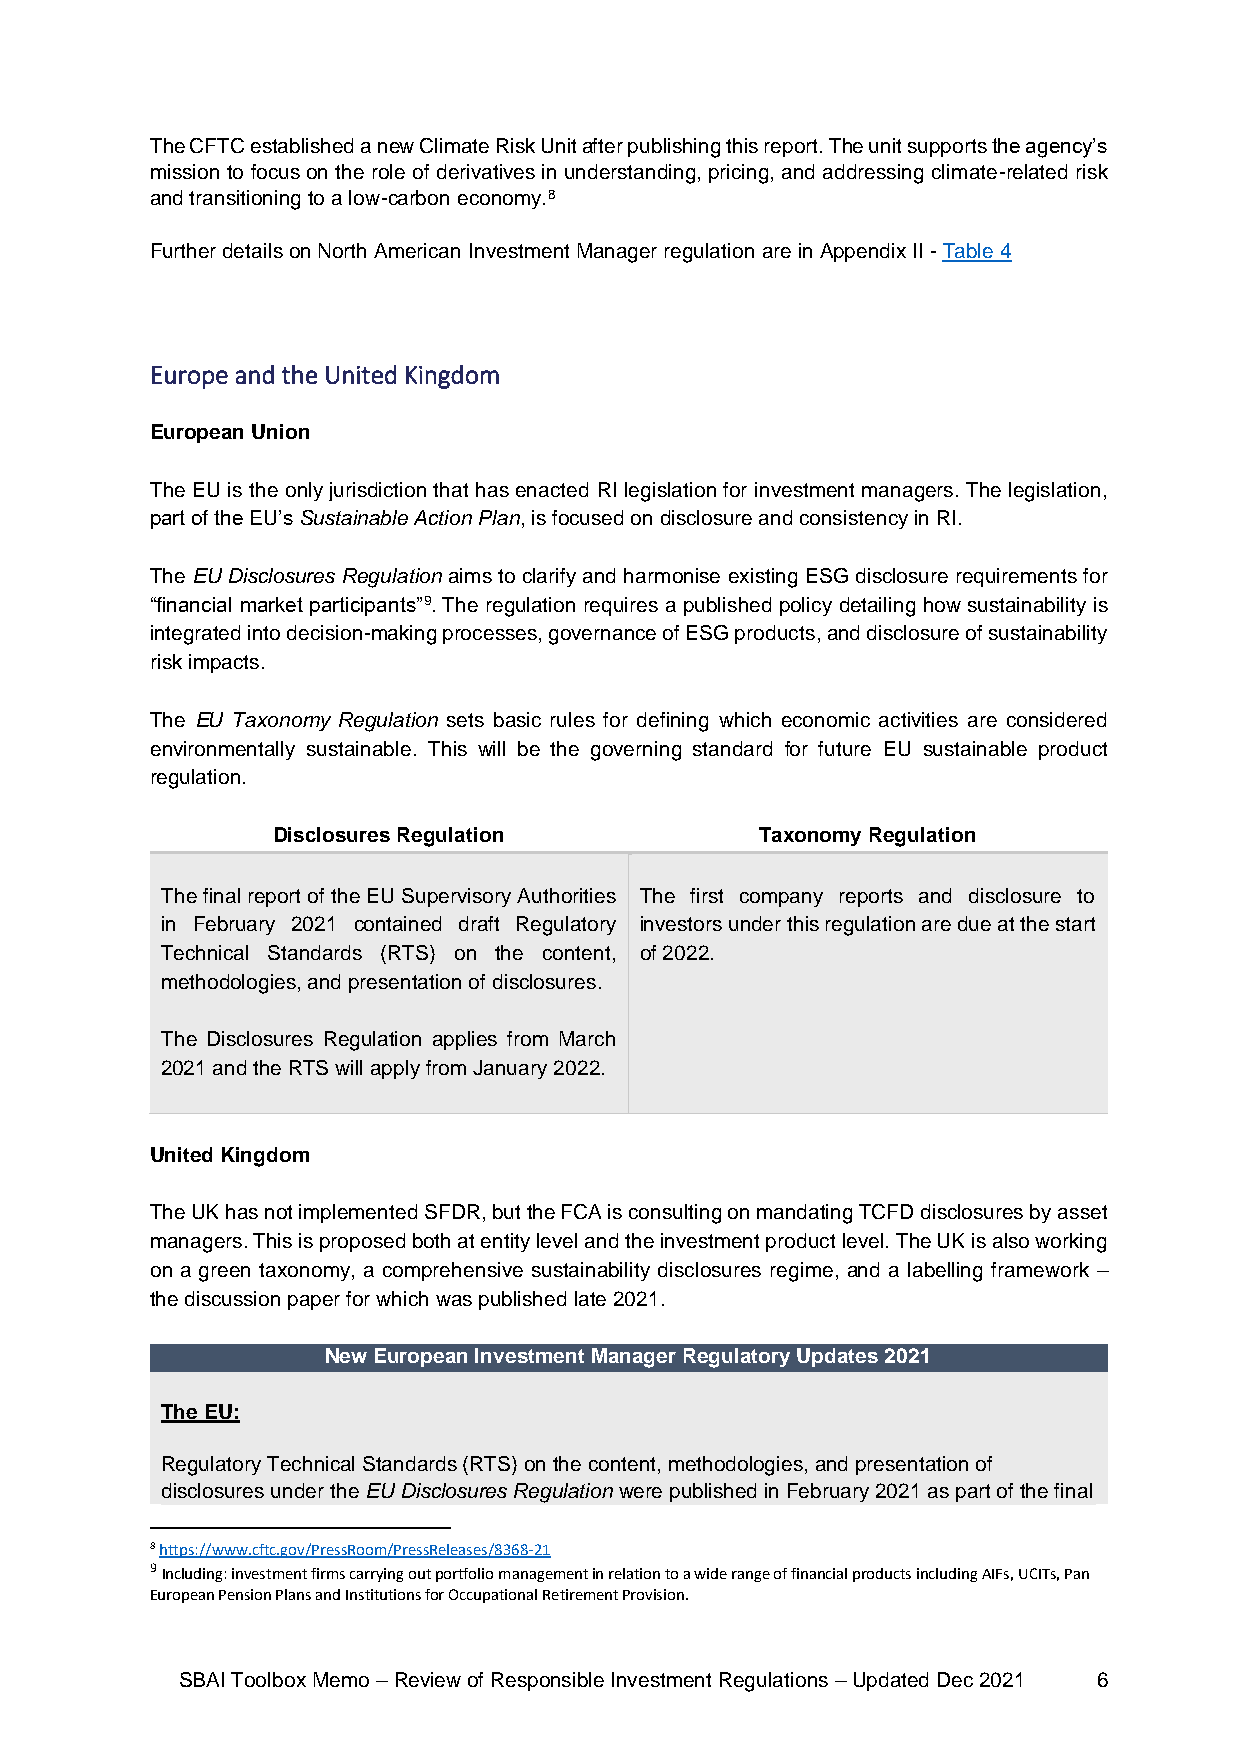
The CFTC established a new Climate Risk Unit after publishing this report. The unit supports the agency’s
 mission to focus on the role of derivatives in understanding, pricing, and addressing climate-related risk
 and transitioning to a low-carbon economy.8
 Further details on North American Investment Manager regulation are in Appendix II - Table 4
 Europe and the United Kingdom
 European Union
 The EU is the only jurisdiction that has enacted RI legislation for investment managers. The legislation,
 part of the EU’s Sustainable Action Plan, is focused on disclosure and consistency in RI.
 The EU Disclosures Regulation aims to clarify and harmonise existing ESG disclosure requirements for
 “financial market participants”9. The regulation requires a published policy detailing how sustainability is
 integrated into decision-making processes, governance of ESG products, and disclosure of sustainability
 risk impacts.
 The EU Taxonomy Regulation sets basic rules for defining which economic activities are considered
 environmentally sustainable. This will be the governing standard for future EU sustainable product
 regulation.
 Disclosures Regulation          Taxonomy Regulation
 The final report of the EU Supervisory Authorities The first company reports and disclosure to
 in February 2021 contained draft Regulatory investors under this regulation are due at the start
 Technical Standards (RTS) on the content, of 2022.
 methodologies, and presentation of disclosures.
 The Disclosures Regulation applies from March
 2021 and the RTS will apply from January 2022.
 United Kingdom
 The UK has not implemented SFDR, but the FCA is consulting on mandating TCFD disclosures by asset
 managers. This is proposed both at entity level and the investment product level. The UK is also working
 on a green taxonomy, a comprehensive sustainability disclosures regime, and a labelling framework –
 the discussion paper for which was published late 2021.
 New European Investment Manager Regulatory Updates 2021
 The EU:
 Regulatory Technical Standards (RTS) on the content, methodologies, and presentation of
 disclosures under the EU Disclosures Regulation were published in February 2021 as part of the final
 8 https://www.cftc.gov/PressRoom/PressReleases/8368-21
 9 Including: investment firms carrying out portfolio management in relation to a wide range of financial products including AIFs, UCITs, Pan
 European Pension Plans and Institutions for Occupational Retirement Provision.
 SBAI Toolbox Memo – Review of Responsible Investment Regulations – Updated Dec 2021 6